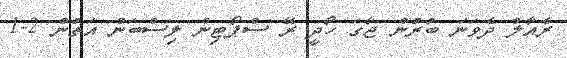
ރެއާލް ދެވަނަ ބުރުން ޖާގަ ހޯދީ ރޭ ސްޕޯޓިން ލިސްބަން އަތުން 2-1